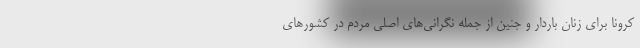
کرونا برای زنان باردار و جنین از جمله نگرانی‌های اصلی مردم در کشورهای